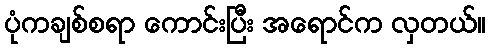
ပုံကချစ်စရာ ကောင်းပြီး အရောင်က လှတယ်။